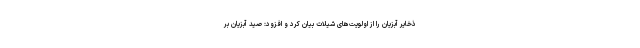
ذخایر آبزیان را از اولویت‌های شیلات بیان کرد و افزود: صید آبزیان بر